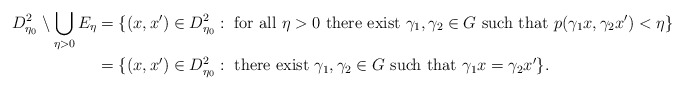
\begin{align*} D_{\eta_0}^2 \setminus \bigcup_{\eta > 0} E_\eta &= \{(x,x') \in D_{\eta_0}^2: \mbox{ for all } \eta > 0 \mbox{ there exist }\gamma_1,\gamma_2 \in G \mbox{ such that } p(\gamma_1 x,\gamma_2 x') < \eta \}\\ &= \{(x,x') \in D_{\eta_0}^2: \mbox{ there exist }\gamma_1,\gamma_2 \in G \mbox{ such that } \gamma_1 x = \gamma_2 x' \}. \end{align*}